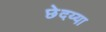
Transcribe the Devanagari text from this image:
छेदय्या